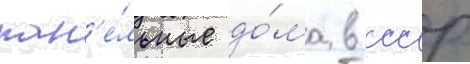
пан'е́льные до́ма в ссср